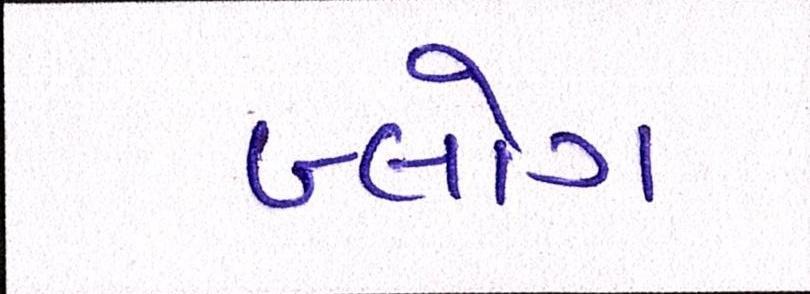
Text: બ્લોગ